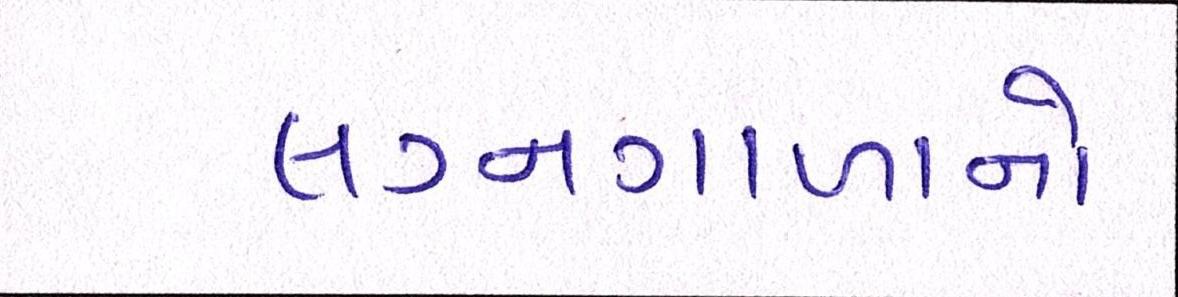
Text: લગ્નગાળાનો